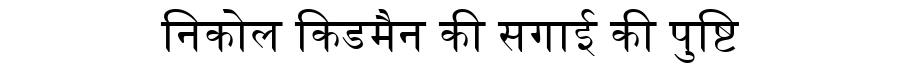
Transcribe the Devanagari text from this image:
निकोल किडमैन की सगाई की पुष्टि